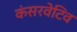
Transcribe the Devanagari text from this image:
कंसरवेटिव